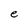
Character: e